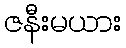
ဇနီးမယား